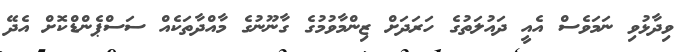
ވިދާޅުވި ނަމަވެސް އެއީ ދައުލަތުގެ ހަރަދަށް ޒިންމާވުމުގެ ގާނޫނުގެ މާއްދާތަކެއް ސަސްޕެންޑްކޮށް އެދޭ